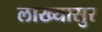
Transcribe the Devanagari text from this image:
लाख्यासुर